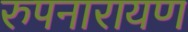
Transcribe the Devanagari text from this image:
रुपनारायण